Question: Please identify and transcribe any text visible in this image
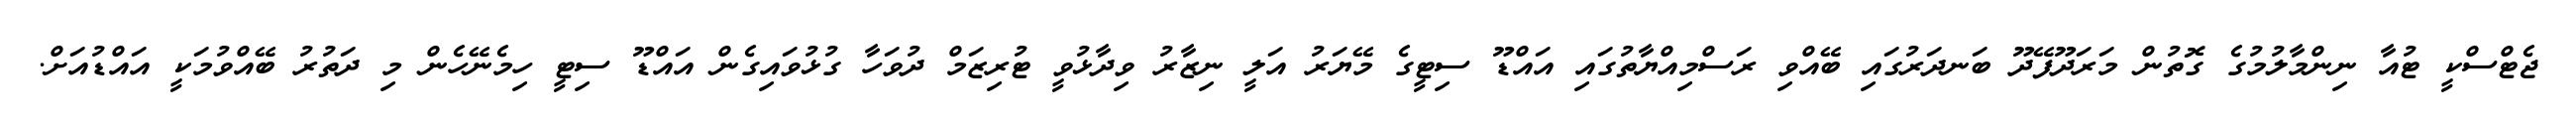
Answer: ޖެޓްސްކީ ޓުއާ ނިންމާލުމުގެ ގޮތުން މަރަދޫފޭދޫ ބަނދަރުގައި ބޭއްވި ރަސްމިއްޔާތުގައި އައްޑޫ ސިޓީގެ މޭޔަރު އަލީ ނިޒާރު ވިދާޅުވީ ޓުރިޒަމް ދުވަހާ ގުޅުވައިގެން އައްޑޫ ސިޓީ ހިމެނޭހެން މި ދަތުރު ބޭއްވުމަކީ އައްޑުއަށް.